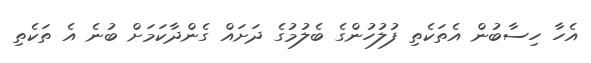
އެހާ ހިސާބުން އެތަކެތި ފުލުހުންގެ ބެލުމުގެ ދަށައް ގެންދާކަމަށް ބުނެ އެ ތަކެތި